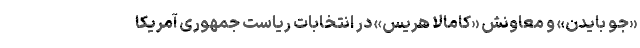
«جو بایدن» و معاونش «کامالا هریس» در انتخابات ریاست جمهوری آمریکا